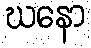
ဃနော